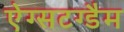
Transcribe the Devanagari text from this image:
ऐग्सटग्डैम